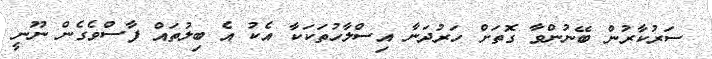
ސަރުކާރުން ބޭނުންވާ ގޮތަށް ހަރުދަނާ އިސްލާހުތަކަކާ އެކު އެ ބިލުތައް ފާސްވެގެން ނޫނީ